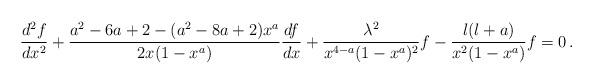
LaTeX: \begin{align*}\frac{d^2 f}{d x^2} + \frac{a^2-6a+2 - (a^2 - 8a +2) x^{a}}{2x (1-x^{a})} \frac{d f}{d x}+\frac{\lambda^2 }{x^{4-a}(1-x^{a})^2}f- \frac{l(l+a)}{x^2 (1-x^{a})} f =0\,.\end{align*}